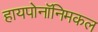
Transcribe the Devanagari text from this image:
हायपोनॉनिमकल